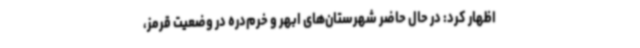
اظهار کرد: در حال حاضر شهرستان‌های ابهر و خرم‌دره در وضعیت قرمز،